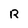
Character: R